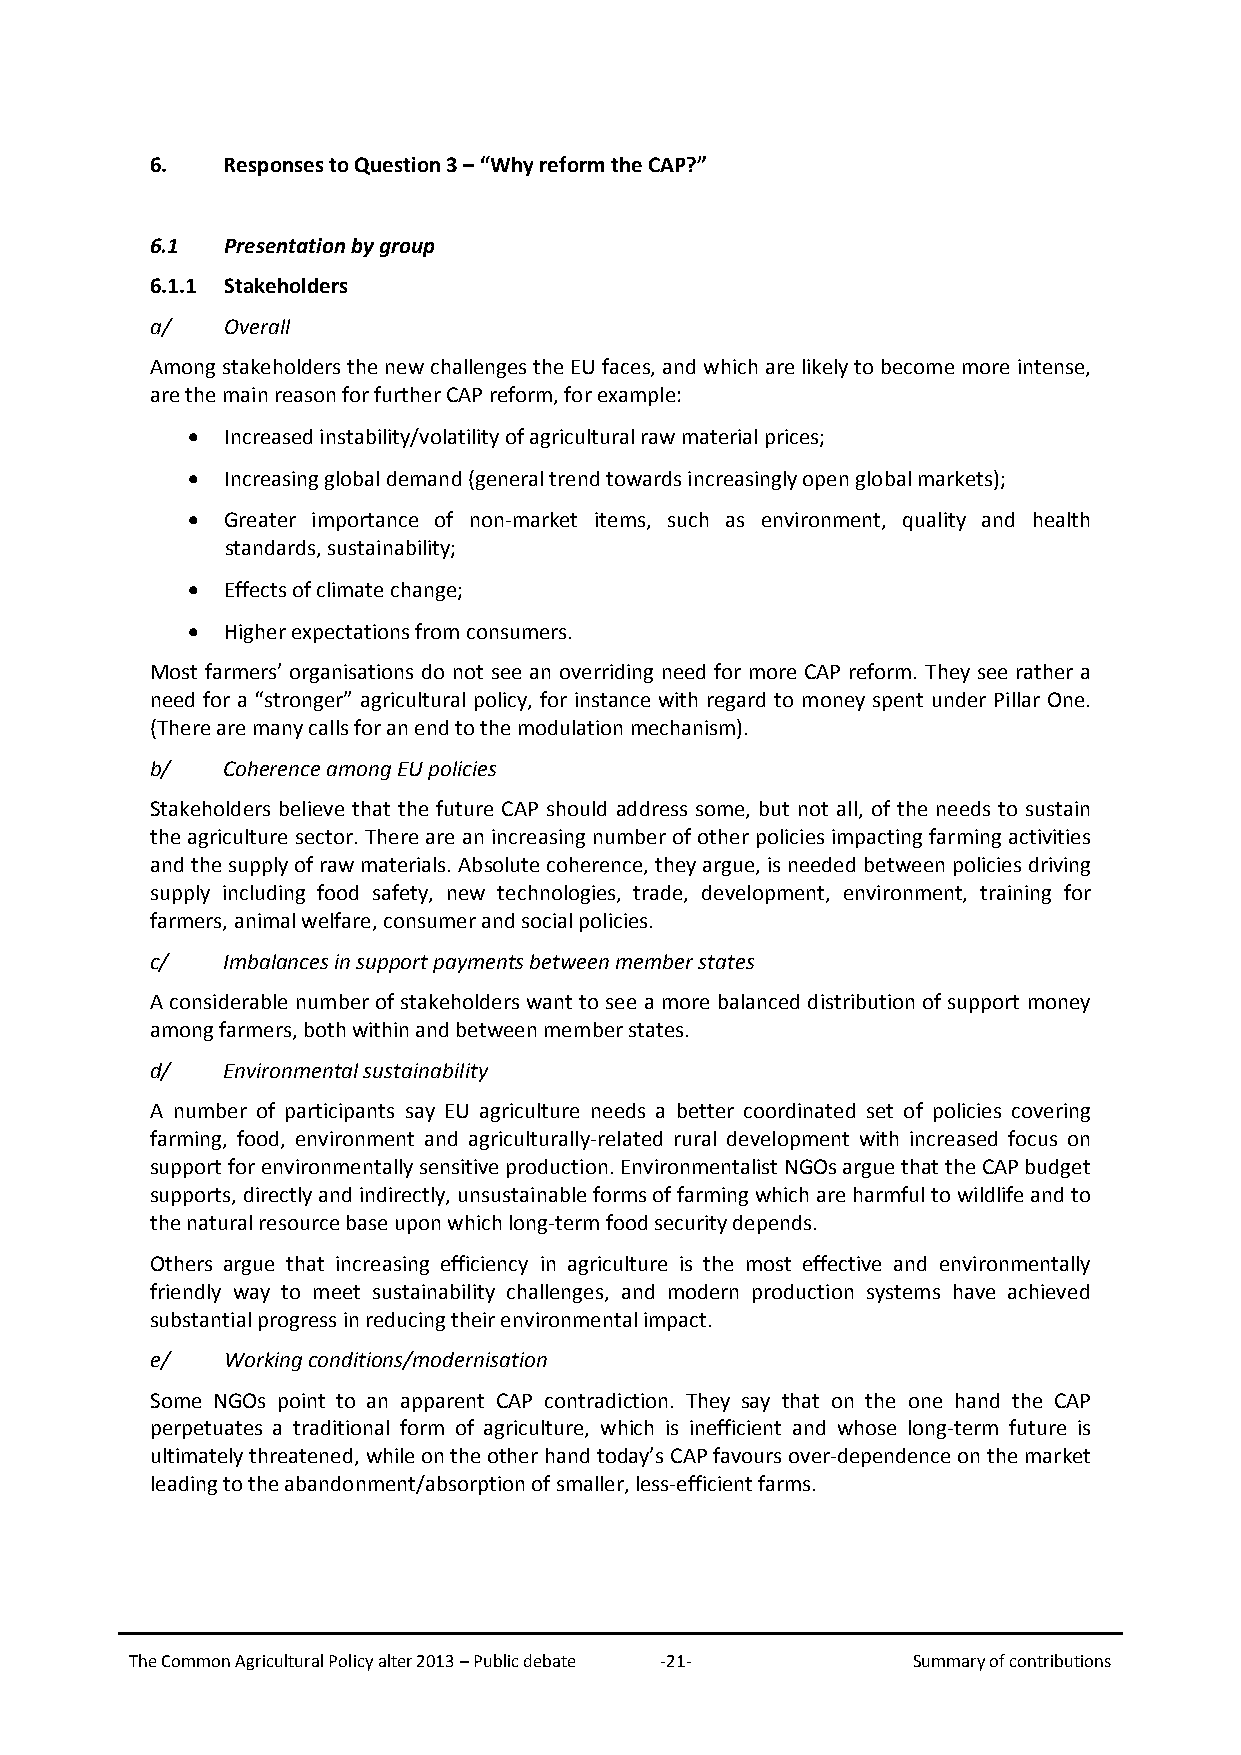
6.   Responses to Question 3 – “Why reform the CAP?”
 6.1  Presentation by group
 6.1.1 Stakeholders
 a/   Overall
 Among stakeholders the new challenges the EU faces, and which are likely to become more intense,
 are the main reason for further CAP reform, for example:
 •  Increased instability/volatility of agricultural raw material prices;
 •  Increasing global demand (general trend towards increasingly open global markets);
 •  Greater importance of non-market items, such as environment, quality and health
 standards, sustainability;
 •  Effects of climate change;
 •  Higher expectations from consumers.
 Most farmers’ organisations do not see an overriding need for more CAP reform. They see rather a
 need for a “stronger” agricultural policy, for instance with regard to money spent under Pillar One.
 (There are many calls for an end to the modulation mechanism).
 b/   Coherence among EU policies
 Stakeholders believe that the future CAP should address some, but not all, of the needs to sustain
 the agriculture sector. There are an increasing number of other policies impacting farming activities
 and the supply of raw materials. Absolute coherence, they argue, is needed between policies driving
 supply including food safety, new technologies, trade, development, environment, training for
 farmers, animal welfare, consumer and social policies.
 c/   Imbalances in support payments between member states
 A considerable number of stakeholders want to see a more balanced distribution of support money
 among farmers, both within and between member states.
 d/   Environmental sustainability
 A number of participants say EU agriculture needs a better coordinated set of policies covering
 farming, food, environment and agriculturally-related rural development with increased focus on
 support for environmentally sensitive production. Environmentalist NGOs argue that the CAP budget
 supports, directly and indirectly, unsustainable forms of farming which are harmful to wildlife and to
 the natural resource base upon which long-term food security depends.
 Others argue that increasing efficiency in agriculture is the most effective and environmentally
 friendly way to meet sustainability challenges, and modern production systems have achieved
 substantial progress in reducing their environmental impact.
 e/   Working conditions/modernisation
 Some NGOs point to an apparent CAP contradiction. They say that on the one hand the CAP
 perpetuates a traditional form of agriculture, which is inefficient and whose long-term future is
 ultimately threatened, while on the other hand today’s CAP favours over-dependence on the market
 leading to the abandonment/absorption of smaller, less-efficient farms.
 The Common Agricultural Policy alter 2013 – Public debate -21- Summary of contributions